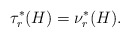
\begin{align*} \tau_r^*(H)=\nu_r^*(H). \end{align*}